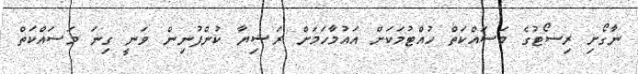
ނާގޯށި ރިސޯޓުގެ މަސައްކަތް ހުއްޓުމަކަށް އައުމާހަމަށް ރަޝިޔާ ކުންފުނިން ވަނީ ގިނަ މަސައްކަތް